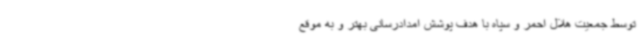
توسط جمعیت هلال احمر و سپاه با هدف پوشش امدادرسانی بهتر و به موقع